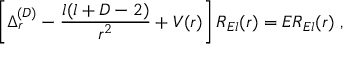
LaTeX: \left[ \Delta _ { r } ^ { ( { D } ) } - \frac { l ( l + D - 2 ) } { r ^ { 2 } } + V ( r ) \right] R _ { E l } ( r ) = E R _ { E l } ( r ) \; ,